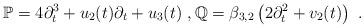
LaTeX: \begin{align*}\mathbb{P}=4\partial_t^3+u_2(t)\partial_t+u_3(t)\ ,\mathbb{Q}=\beta_{3,2}\left(2\partial_t^2+v_2(t)\right)\ .\end{align*}